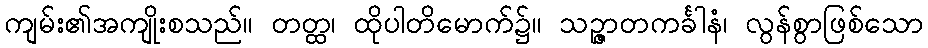
ကျမ်း၏အကျိုးစသည်။ တတ္ထ၊ ထိုပါတိမောက်၌။ သဉ္ဇာတကင်္ခါနံ၊ လွန်စွာဖြစ်သော